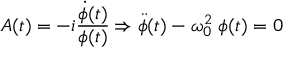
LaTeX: A ( t ) = - i \frac { \dot { \phi } ( t ) } { \phi ( t ) } \Rightarrow \ddot { \phi } ( t ) - \omega _ { 0 } ^ { 2 } \; \phi ( t ) = 0